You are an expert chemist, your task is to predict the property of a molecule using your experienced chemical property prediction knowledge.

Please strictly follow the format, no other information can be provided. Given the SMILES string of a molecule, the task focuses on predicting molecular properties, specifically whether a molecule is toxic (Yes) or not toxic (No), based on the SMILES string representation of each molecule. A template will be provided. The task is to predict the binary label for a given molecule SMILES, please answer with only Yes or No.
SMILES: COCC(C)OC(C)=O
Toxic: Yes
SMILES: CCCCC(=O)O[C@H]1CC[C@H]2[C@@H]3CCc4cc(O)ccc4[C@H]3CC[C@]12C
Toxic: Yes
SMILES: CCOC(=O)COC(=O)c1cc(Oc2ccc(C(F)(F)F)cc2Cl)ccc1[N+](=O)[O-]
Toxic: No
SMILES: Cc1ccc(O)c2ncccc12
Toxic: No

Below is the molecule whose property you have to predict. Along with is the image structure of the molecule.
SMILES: CCCOc1ccc2c(c1)CC[C@@H]1[C@@H]2CC[C@]2(C)C(OC)CC[C@@H]12
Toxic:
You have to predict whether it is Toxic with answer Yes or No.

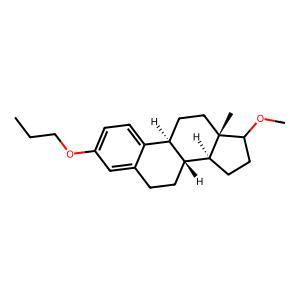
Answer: No